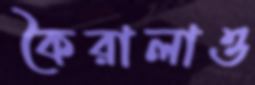
কৈরালাও